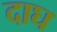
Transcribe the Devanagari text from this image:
दाघ